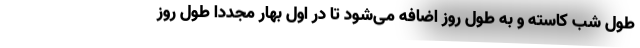
طول شب کاسته و به طول روز اضافه می‌شود تا در اول بهار مجددا طول روز